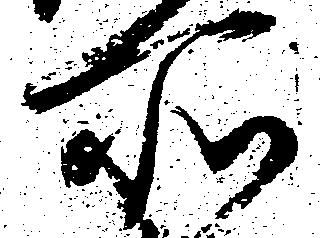
所